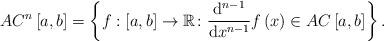
\begin{align*}AC^{n}\left[a,b\right] =\left\{ f:\left[a,b\right] \rightarrow\mathbb{R}\colon\frac{\mathrm d^{n-1}}{\mathrm dx^{n-1}}f \left( x\right) \in AC\left[a,b\right] \right\} .\end{align*}